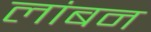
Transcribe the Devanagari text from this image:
लांबन